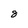
Character: 8